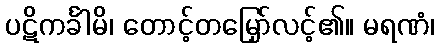
ပဋိကင်္ခါမိ၊ တောင့်တမြှော်လင့်၏။ မရဏံ၊